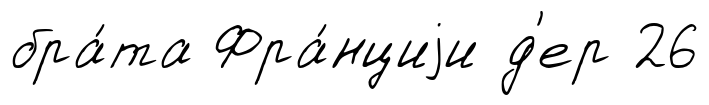
бра́та Фра́нциjи д'ер 26